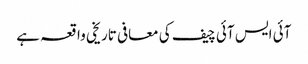
آئی ایس آئی چیف کی معافی تاریخی واقعہ ہے